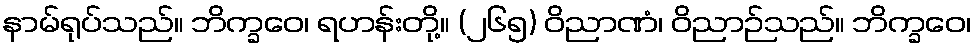
နာမ်ရုပ်သည်။ ဘိက္ခဝေ၊ ရဟန်းတို့။ (၂၆၅) ဝိညာဏံ၊ ဝိညာဉ်သည်။ ဘိက္ခဝေ၊